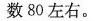
数80左右。